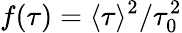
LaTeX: f(\tau)=\langle\tau\rangle^{2}/\tau_{0}^{2}